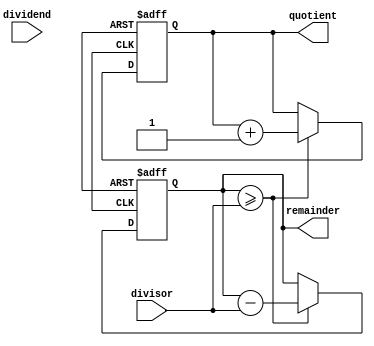
module Restoring_Divider (
    input wire [31:0] dividend,
    input wire [31:0] divisor,
    output wire [31:0] quotient,
    output wire [31:0] remainder
);

reg [31:0] partial_remainder;
reg [31:0] partial_quotient;

always @ (posedge clk or negedge rst) begin
    if (!rst) begin
        partial_remainder <= 32'b0;
        partial_quotient <= 32'b0;
    end else begin
        // Quotient calculation stage
        if (partial_remainder >= divisor) begin
            partial_remainder <= partial_remainder - divisor;
            partial_quotient <= partial_quotient + 1;
        end else begin
            partial_remainder <= partial_remainder;
            partial_quotient <= partial_quotient;
        end
        
        // Remainder correction stage
        if (partial_remainder >= divisor) begin
            partial_remainder <= partial_remainder - divisor;
            partial_quotient <= partial_quotient + 1;
        end else begin
            partial_remainder <= partial_remainder;
            partial_quotient <= partial_quotient;
        end
    end
end

assign quotient = partial_quotient;
assign remainder = partial_remainder;

endmodule